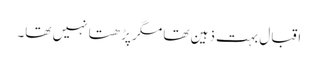
اقبال بہت ذہین تھا مگر پڑھتا نہیں تھا۔